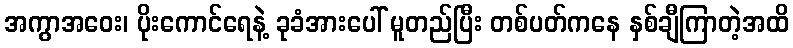
အကွာအဝေး၊ ပိုးကောင်ရေနဲ့ ခုခံအားပေါ် မူတည်ပြီး တစ်ပတ်ကနေ နှစ်ချီကြာတဲ့အထိ